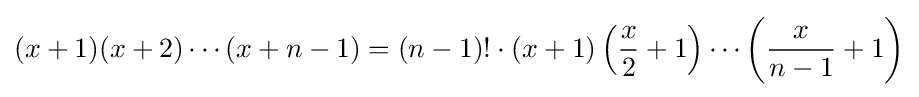
(x+1)(x+2)\cdots (x+n-1)=(n-1)!\cdot (x+1)\left({\frac {x}{2}}+1\right)\cdots \left({\frac {x}{n-1}}+1\right)